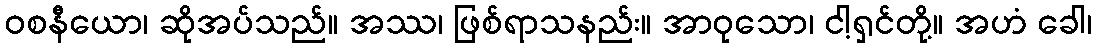
ဝစနီယော၊ ဆိုအပ်သည်။ အဿ၊ ဖြစ်ရာသနည်း။ အာဝုသော၊ ငါ့ရှင်တို့။ အဟံ ခေါ၊